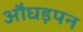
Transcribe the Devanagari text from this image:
औघड़पन